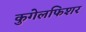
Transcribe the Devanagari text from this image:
कुगेलफिशर